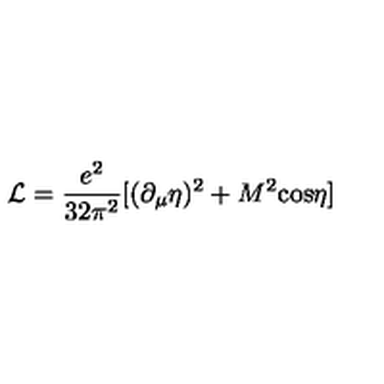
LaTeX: { \cal L } = \frac { e ^ { 2 } } { 3 2 \pi ^ { 2 } } [ ( \partial _ { \mu } \eta ) ^ { 2 } + M ^ { 2 } \mathrm { c o s } \eta ]